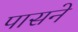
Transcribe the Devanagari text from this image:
पासने